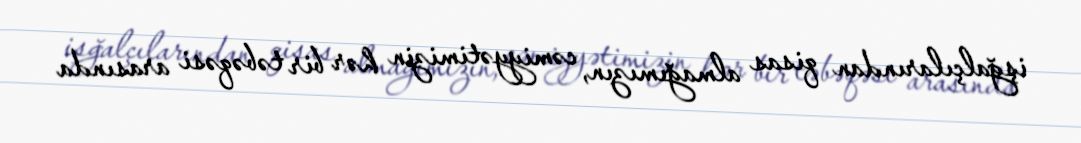
işğalçılarından qisas almağımızın, cəmiyyətimizin hər bir təbəqəsi arasında